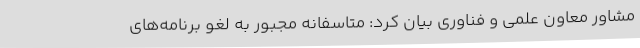
مشاور معاون علمی و فناوری بیان کرد: متاسفانه مجبور به لغو برنامه‌های